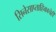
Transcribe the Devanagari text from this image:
सिनेसाप्ताहिकाचेही